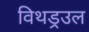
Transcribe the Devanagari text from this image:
विथड्रउल